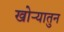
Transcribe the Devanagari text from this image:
खोऱ्यातुन